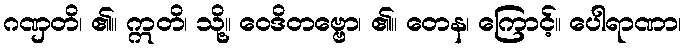
ဂဏှတိ၊ ၏။ ဣတိ၊ သို့။ ဝေဒိတဗ္ဗော၊ ၏။ တေန၊ ကြောင့်။ ပေါရာဏာ၊